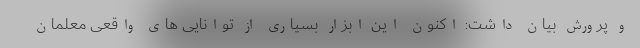
و پرورش بیان داشت: اکنون این ابزار بسیاری از توانایی های واقعی معلمان